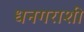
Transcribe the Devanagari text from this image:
धनगराशी